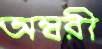
অম্বরী